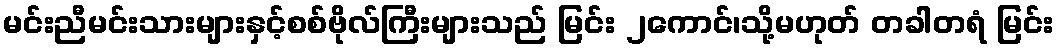
မင်းညီမင်းသားများနှင့်စစ်ဗိုလ်ကြီးများသည် မြင်း ၂ကောင်၊သို့မဟုတ် တခါတရံ မြင်း